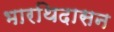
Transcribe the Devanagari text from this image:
भारथिदासन